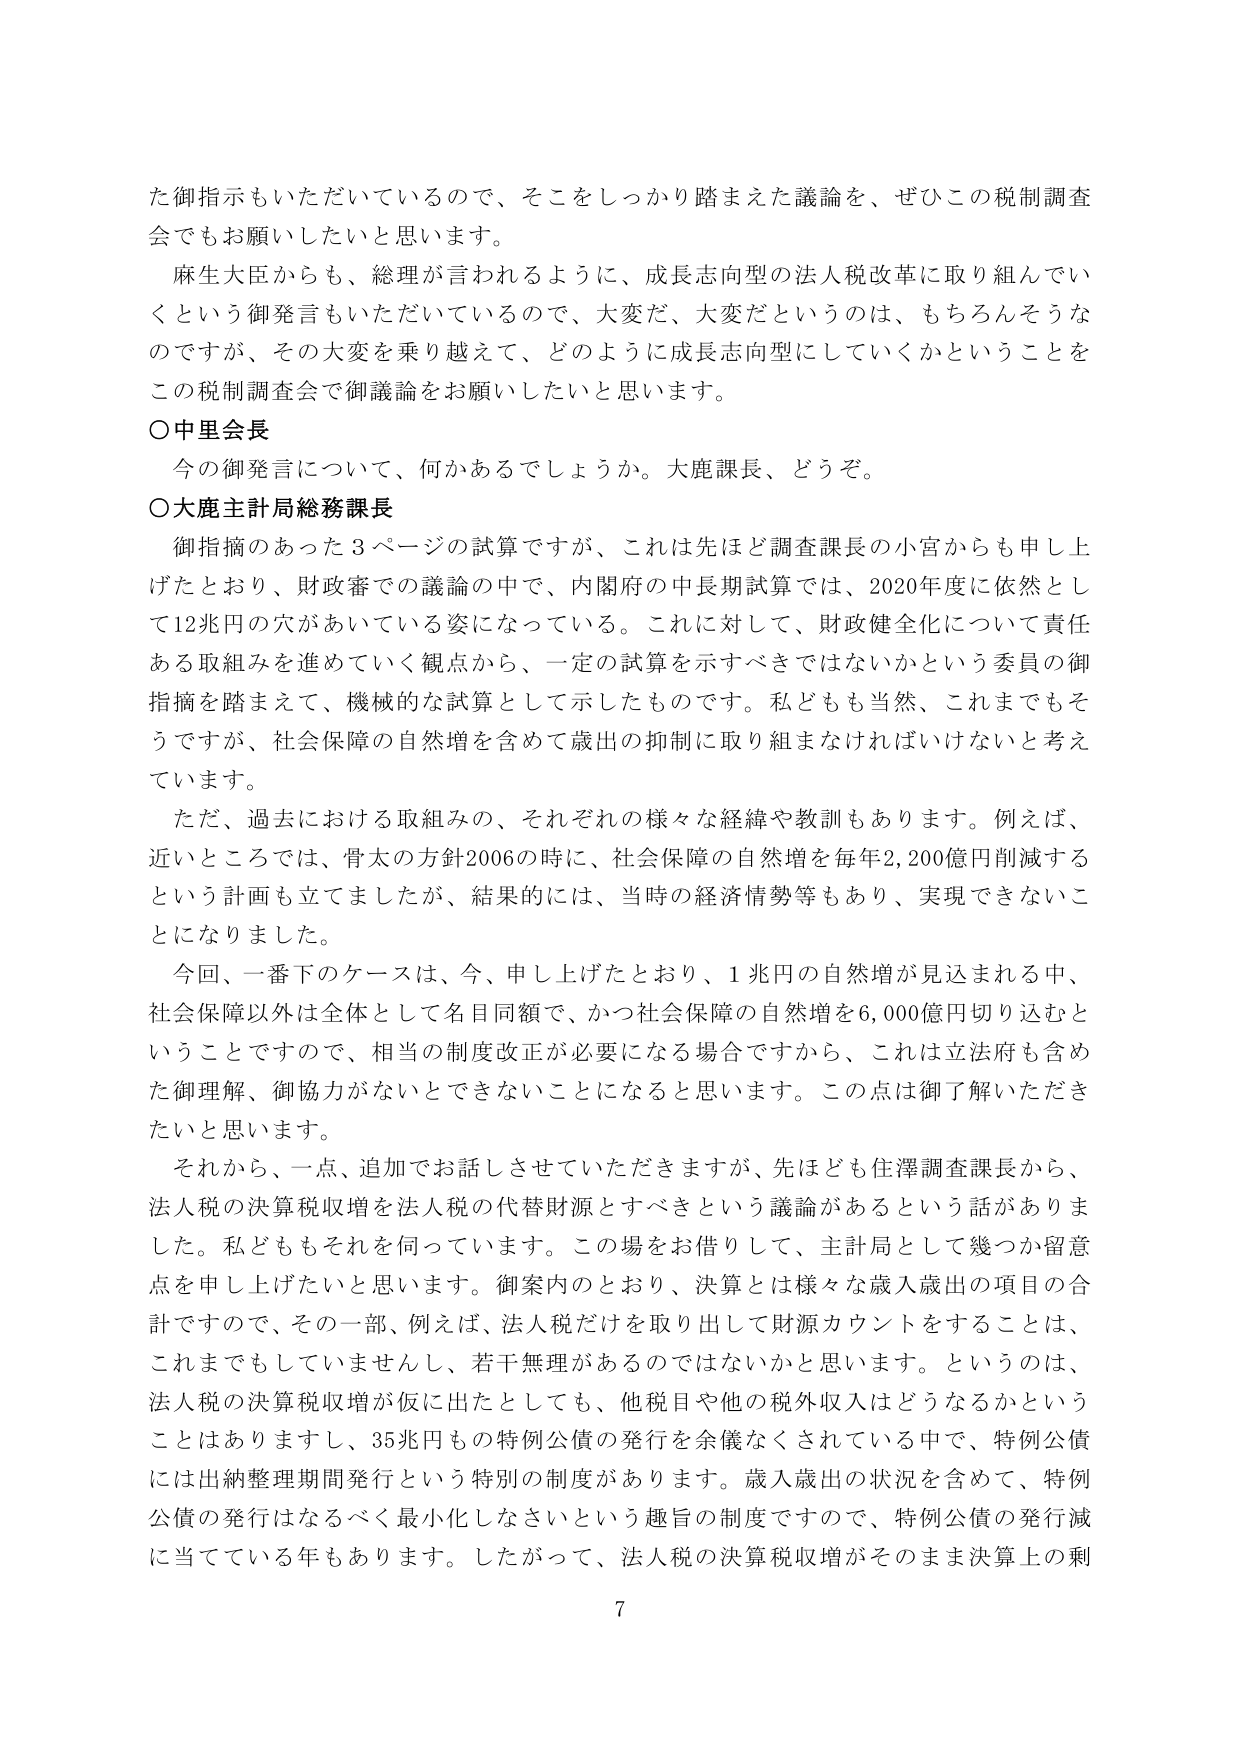
た御指示もいただいているので、そこをしっかり踏まえた議論を、ぜひこの税制調査会でもお願いしたいと思います。

麻生大臣からも、総理が言われるように、成長志向型の法人税改革に取り組んでいくという御発言もいただいているので、大変だ、大変だというのは、もちろんそうなのですが、その大変を乗り越えて、どのように成長志向型にしていくかということをこの税制調査会で御議論をお願いしたいと思います。

○中里会長
今の御発言について、何かあるでしょうか。大鹿課長、どうぞ。

○大鹿主計局総務課長
御指摘のあった３ページの試算ですが、これは先ほど調査課長の小宮からも申し上げたとおり、財政審での議論の中で、内閣府の中長期試算では、2020年度に依然として12兆円の穴があいている姿になっている。これに対して、財政健全化について責任ある取組みを進めていく観点から、一定の試算を示すべきではないかという委員の御指摘を踏まえて、機械的な試算として示したものです。私どもも当然、これまでもそうですが、社会保障の自然増を含めて歳出の抑制に取り組まなければならないと考えています。

ただ、過去における取組みの、それぞれの様々な経緯や教訓もあります。例えば、近いところでは、骨太の方針2006の時に、社会保障の自然増を毎年2,200億円削減するという計画も立てもしましたが、結果的には、当時の経済情勢等もあり、実現できないことになりました。

今回、一番下のケースは、今、申し上げたとおり、1兆円の自然増が見込まれる中、社会保障以外は全体として名目同額で、かつ社会保障の自然増を6,000億円切り込むということですので、相当の制度改正が必要になる場合ですから、これは立法府も含めた御理解、御協力がないとできないことになると思います。この点は御了解いただきたいと思います。

それから、一点、追加でお話しさせていただきますが、先ほども住澤調査課長から、法人税の決算税収増を法人税の代替財源とすべきという議論があるという話がありました。私どももそれを伺っています。この場をお借りして、主計局として幾つか留意点を申し上げたいと思います。御案内とのおり、決算とは様々な歳入歳出の項目の合計ですので、その一部、例えば、法人税だけを取り出して財源カウントをすることは、これまでもしていませんし、若干無理があるのではないかと思います。というのは、法人税の決算税収増が仮に出たとしても、他税目や他の税外収入はどうなるかということはありますし、35兆円もの特例公債の発行を余儀なくされている中で、特例公債には出納整理期間発行という特別の制度があります。歳入歳出の状況を含めて、特例公債の発行はなるべく最小化しなさいという趣旨の制度ですので、特例公債の発行減に当てている年もあります。したがって、法人税の決算税収増がそのまま決算上の剰

7